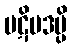
ပဋိပဒမ္ပိ